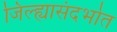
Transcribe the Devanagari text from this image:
जिल्ह्यासंदर्भात